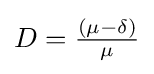
{\textstyle D={\frac {(\mu -\delta )}{\mu }}}